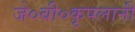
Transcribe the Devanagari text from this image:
जे०बी०कृपलानी